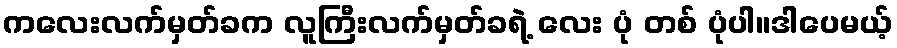
ကလေးလက်မှတ်ခက လူကြီးလက်မှတ်ခရဲ့ လေး ပုံ တစ် ပုံပါ။ဒါပေမယ့်